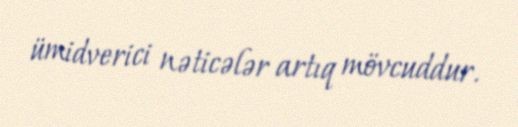
ümidverici nəticələr artıq mövcuddur.